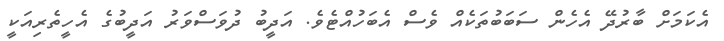
އެކަމަށް ބާރުދޭ އެހެން ސަބަބުތަކެއް ވެސް އެބަހުއްޓެވެ. އަދީބު ދުވަސްވަރު އަދީބުގެ އެހީތެރިއަކީ